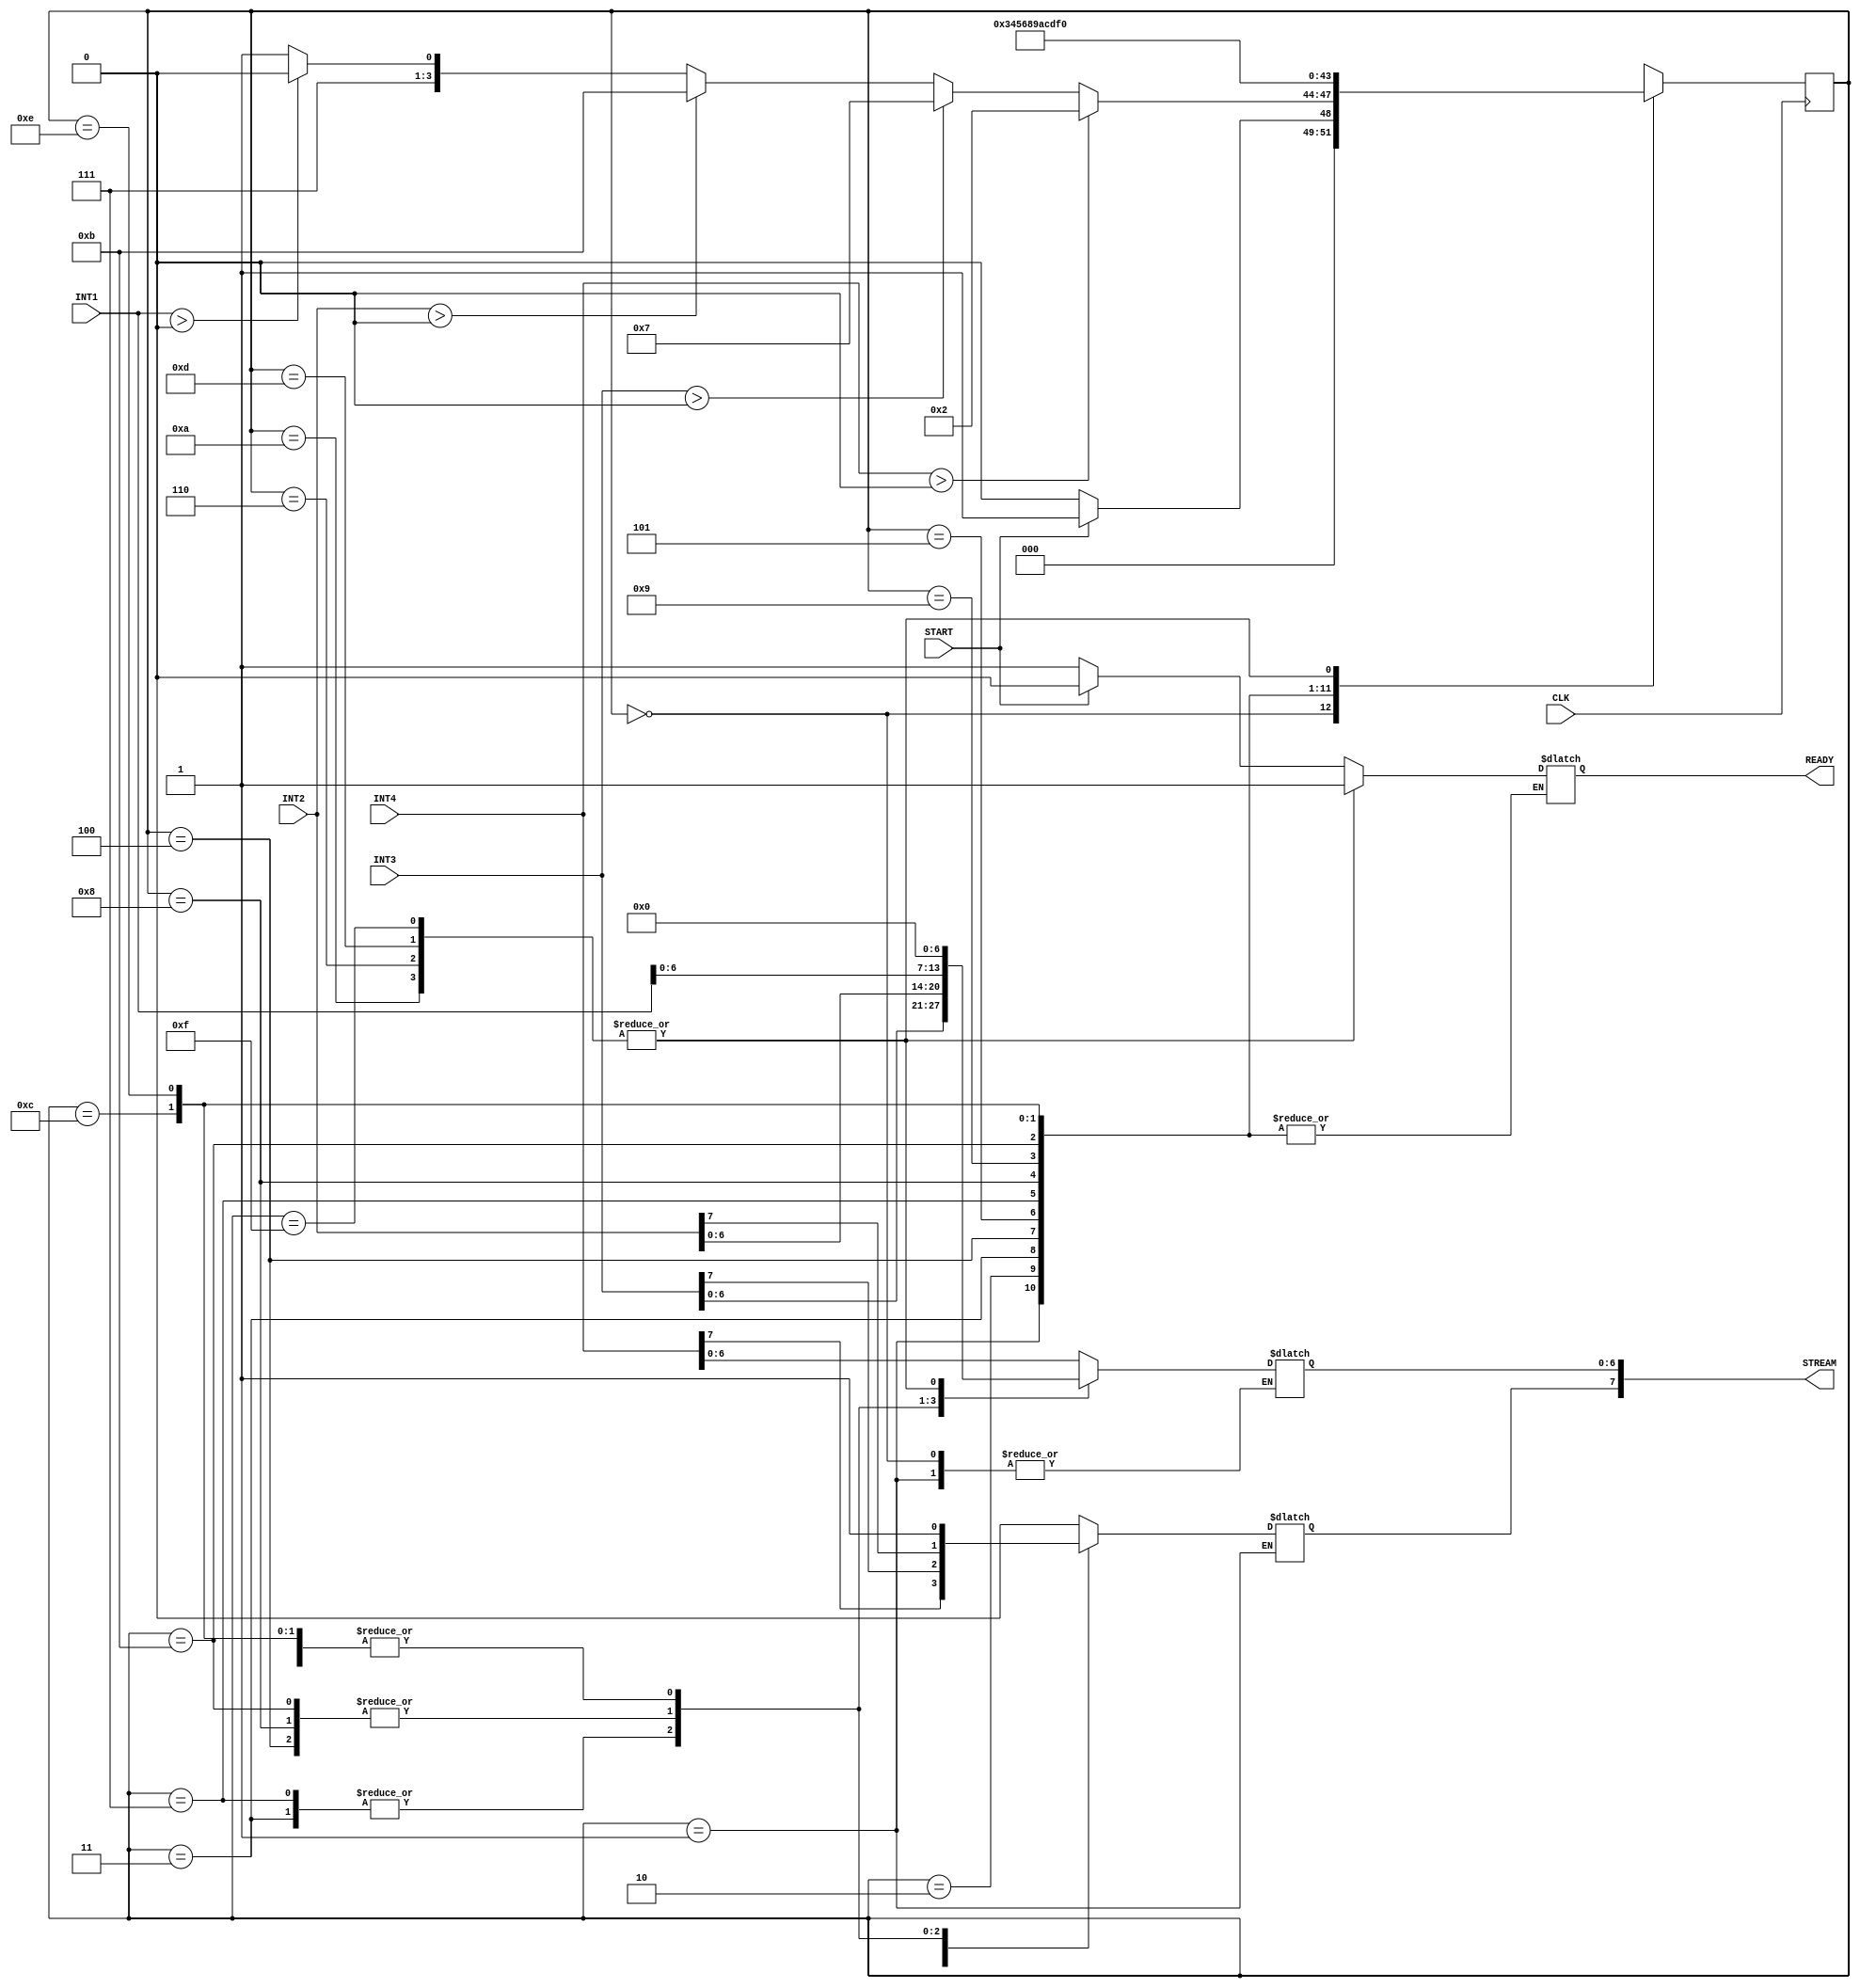
`timescale 1ns / 1ps

module VBEncoder(input CLK,
			input [7:0] INT4,input [7:0] INT3, input [7:0] INT2, input [7:0] INT1,
            input START,
            output reg READY, 
			output reg [7:0] STREAM);

//Write your code below
reg [3:0] state,next_state;


parameter T0=0,T1=1,T2=2,T3=3,T4=4,T5=5,T6=6,T7=7,T8=8,T9=9,T10=10,T11=11,T12=12,T13=13,T14=14,T15=15;
integer DONE=0;
initial begin
	READY=1;
	STREAM=8'b00000000;
	
end

always @(posedge CLK)
begin
$display("READY is %d at %d ",READY,state);
	state<=next_state;
end
always @(state or START)
begin
	case(state)
		T0:
		begin
			STREAM[7]=0;
			if(START) 
			begin
				$display("STREAM is %b at %d at state %d ",STREAM,$time,state);
				
				next_state=T1;
				READY=0;
			end
			else
			begin
			next_state=T0;
			READY=1;
			end
		end
		T1:
		begin
			
			if(INT4>0)
				begin
					next_state=T2;
				end
			else
			begin
				
				if(INT3>0)
				begin
					next_state=T7;
				end
				else
				begin
					if(INT2>0)
					begin
						next_state=T11;
					end
					else
					begin
						if(INT1>0)
						begin
							next_state=T14;
						end
						else
							next_state=T15;
					end
				end
			end
		end
		T2:
			begin
			STREAM=INT4;
			$display("STREAM is %b at %d at state %d ",STREAM,$time,state);
			next_state=T3;
			end
		T3:
			begin
			STREAM=INT3;
			$display("STREAM is %b at %d at state %d ",STREAM,$time,state);
			next_state=T4;
			end
		T4:
			begin
			STREAM=INT2;
			
			$display("STREAM is %b at %d at state %d ",STREAM,$time,state);
			next_state=T5;
			end
		T5:
			begin
			STREAM=INT1;
			STREAM[7]=1;
			$display("STREAM is %b at %d at state %d ",STREAM,$time,state);
			next_state=T6;
			end
		T6:
			begin
			STREAM=8'b00000000;
			$display("STREAM is %b at %d at state %d ",STREAM,$time,state);
			READY=1;
			next_state=T0;
			end
		T7:
			begin
			STREAM=INT3;
			$display("STREAM is %b at %d at state %d ",STREAM,$time,state);
			next_state=T8;
			end
		T8:
			begin
			STREAM=INT2;
			
			$display("STREAM is %b at %d at state %d ",STREAM,$time,state);
			next_state=T9;
			end
		T9:
			begin
			STREAM=INT1;
			STREAM[7]=1;
			$display("STREAM is %b at %d at state %d ",STREAM,$time,state);
			next_state=T10;
			end
		T10:
			begin
			STREAM=8'b00000000;
			$display("STREAM is %b at %d at state %d ",STREAM,$time,state);
			READY=1;
			next_state=T0;
			end
		T11:
			begin
			STREAM=INT2;
			
			$display("STREAM is %b at %d at state %d ",STREAM,$time,state);
			 next_state=T12;
			end
		T12:
			begin
			STREAM=INT1;
			STREAM[7]=1;
			$display("STREAM is %b at %d at state %d ",STREAM,$time,state);
			next_state=T13;
			end
		T13:
		begin
			STREAM=8'b00000000;
			$display("STREAM is %b at %d at state %d ",STREAM,$time,state);
			READY=1;
			next_state=T0;
		end
		T14:
		begin
			STREAM=INT1;
			STREAM[7]=1;
			$display("STREAM is %b at %d at state %d ",STREAM,$time,state);
			next_state=T15;
		end
		T15:
		begin
			STREAM=8'b00000000;
			$display("STREAM is %b at %d at state %d ",STREAM,$time,state);
			READY=1;
			next_state=T0;
		end
		default:
			begin
			$display("STREAM is %b at %d at state %d ",STREAM,$time,state);
			next_state=T0;
			end
	endcase
	end	
endmodule